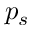
p _ { s }